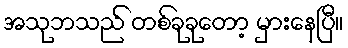
အသုဘသည် တစ်ခုခုတော့ မှားနေပြီ။